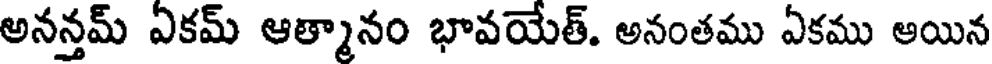
అనన్తమ్ ఏకమ్ ఆత్మానం భావయేత్. అనంతము ఏకము అయిన